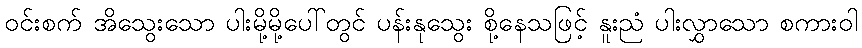
ဝင်းစက် အိသွေးသော ပါးမို့မို့ပေါ်တွင် ပန်းနုသွေး စို့နေသဖြင့် နူးညံ ပါးလွှာသော စကားဝါ